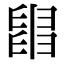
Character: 𦦀